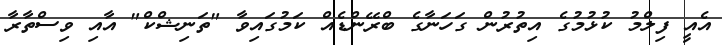
އެއީ ފިލްމު ކުޅުމުގެ އިތުރުން ގަހަނާގެ ބްރޭންޑެއް ކަމުގައިވާ "ތަނިޝްކް" އާއި ވިސްތާރާ